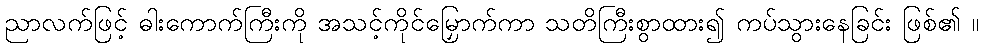
ညာလက်ဖြင့် ဓါးကောက်ကြီးကို အသင့်ကိုင်မြှောက်ကာ သတိကြီးစွာထား၍ ကပ်သွားနေခြင်း ဖြစ်၏ ။